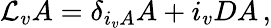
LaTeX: {\cal L}_{v}A=\delta_{i_{v}A}A+i_{v}DA\, ,